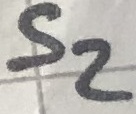
Text: S2